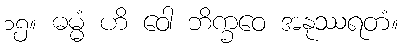
၁၅။ ဓမ္မံ ဟိ ဝေါ ဘိက္ခဝေ အနုဿရတံ။